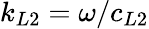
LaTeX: k_{L2}=\omega/c_{L2}